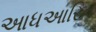
આધઆરિત